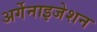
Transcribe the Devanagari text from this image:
अर्गेनाइजेशन